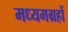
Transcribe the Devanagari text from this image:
मध्यमग्रहों